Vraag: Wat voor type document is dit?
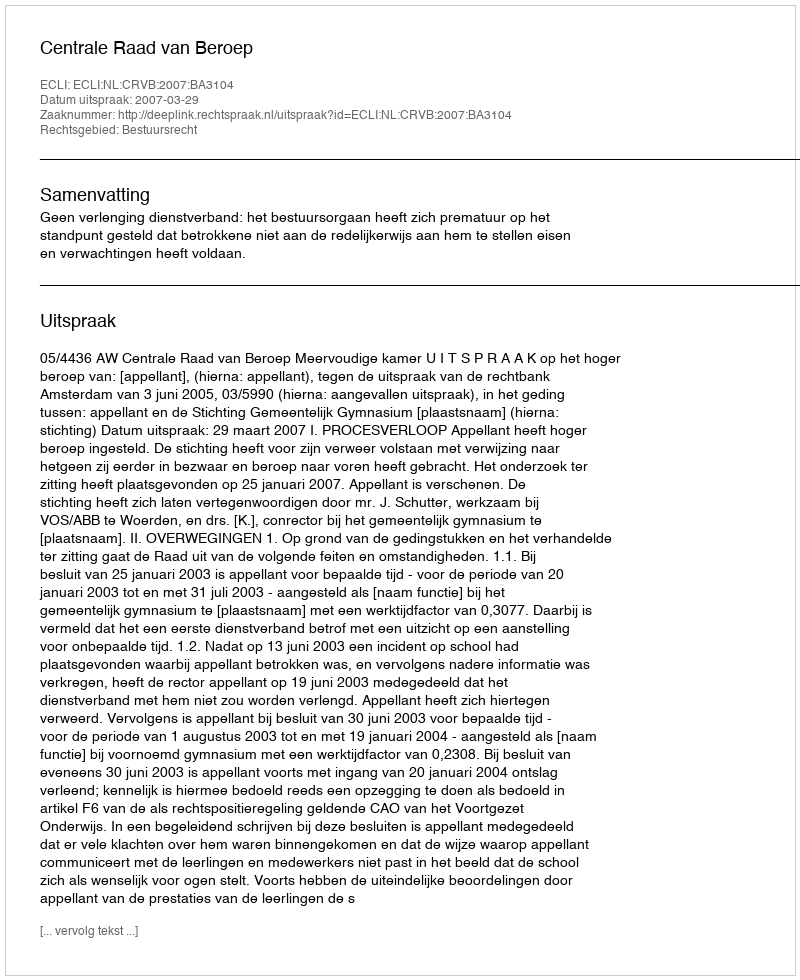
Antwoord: Uitspraak